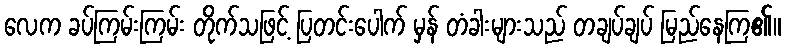
လေက ခပ်ကြမ်းကြမ်း တိုက်သဖြင့် ပြတင်းပေါက် မှန် တံခါးများသည် တချပ်ချပ် မြည်နေကြ၏။